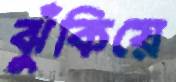
ঝুঁকিয়ে